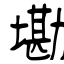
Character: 墈